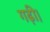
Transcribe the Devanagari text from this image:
गढ़ी।